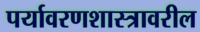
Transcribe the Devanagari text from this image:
पर्यावरणशास्त्रावरील